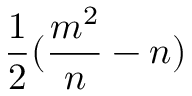
{ \frac { 1 } { 2 } } ( { \frac { m ^ { 2 } } { n } } - n )